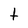
Character: t